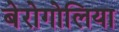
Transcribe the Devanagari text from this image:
बेरोगोलिया